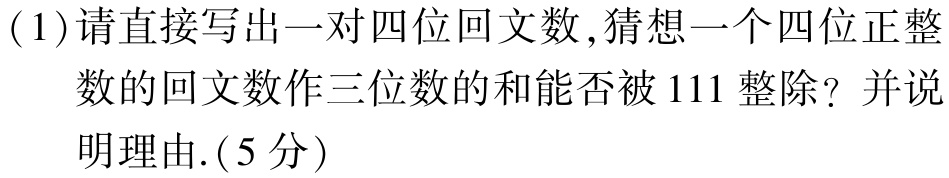
(1)请直接写出一对四位回文数,猜想一个四位正整数的回文数作三位数的和能否被$111$整除？并说明理由.(5分)